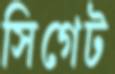
সিগেট